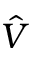
\hat { V }